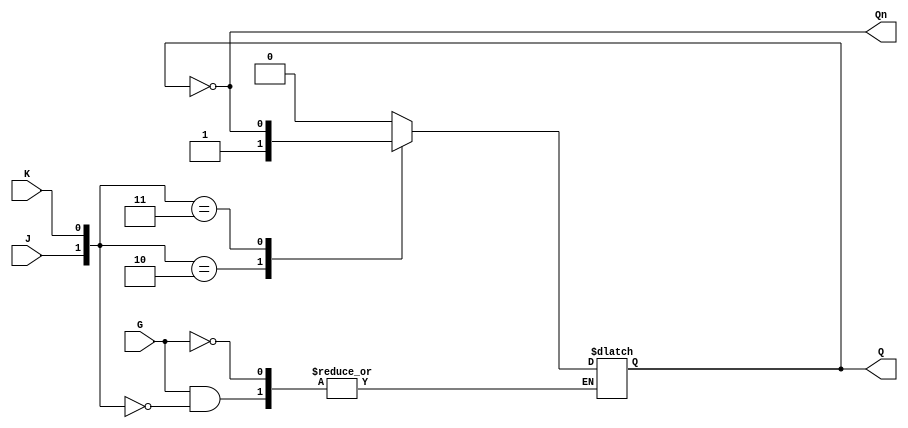
module GatedJKLatch (
    input wire J,    // Set input
    input wire K,    // Reset input
    input wire G,    // Gate input (active high)
    output reg Q,    // Current state output
    output wire Qn   // Inverted state output
);

    assign Qn = ~Q; // Q' is the inverted state of Q

    always @(G or J or K) begin
        if (G) begin
            case ({J, K})
                2'b00: Q <= Q;           // No change
                2'b01: Q <= 1'b0;        // Reset state
                2'b10: Q <= 1'b1;        // Set state
                2'b11: Q <= ~Q;          // Toggle state
                default: Q <= Q;         // Should not occur
            endcase
        end
    end

endmodule